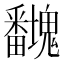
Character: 𭻻